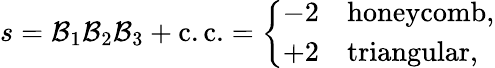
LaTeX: s=\mathcal{B}_{1}\mathcal{B}_{2}\mathcal{B}_{3}+\mathrm{{c.c.}=\left\{ \begin{array}{ll}{-2\quad\mathrm{honeycomb},}\\ {+2\quad\mathrm{triangular},}\end{array}\right.}